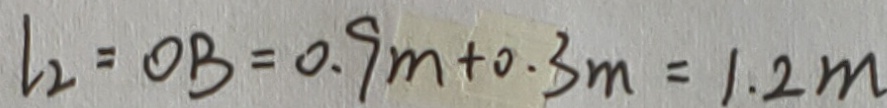
l _ { 2 } = O B = 0 . 9 m + 0 . 3 m = 1 . 2 m